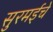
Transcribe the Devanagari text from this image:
सुरमईचे